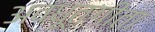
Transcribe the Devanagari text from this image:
अवधूतगीता